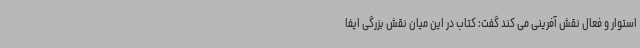
استوار و فعال نقش آفرینی می کند گفت: کتاب در این میان نقش بزرگی ایفا